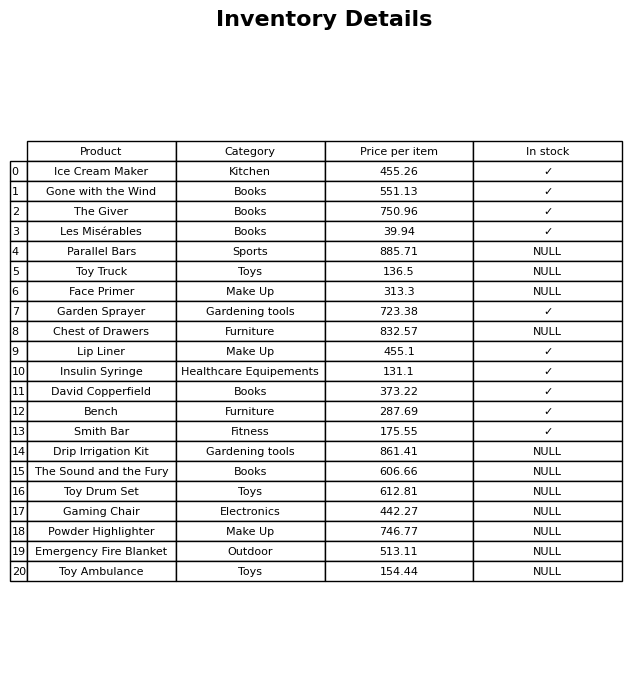
question: What is the price of the Toy Drum Set?
answer: The price of Toy Drum Set is 612.81.